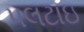
પલટાઇ